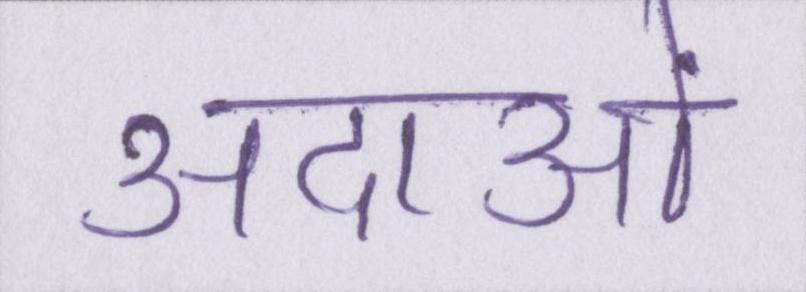
अदाओं